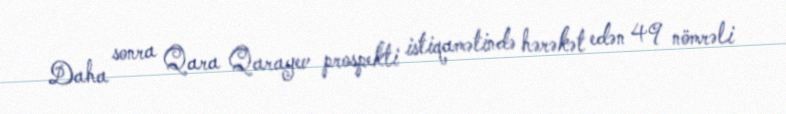
Daha sonra Qara Qarayev prospekti istiqamətində hərəkət edən 49 nömrəli